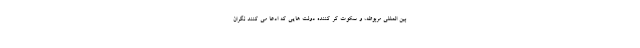
بین المللی مربوطه، و سکوت کَر کننده دولت هایی که ادعا می کنند نگران